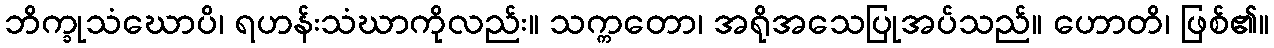
ဘိက္ခုသံဃောပိ၊ ရဟန်းသံဃာကိုလည်း။ သက္ကတော၊ အရိုအသေပြုအပ်သည်။ ဟောတိ၊ ဖြစ်၏။